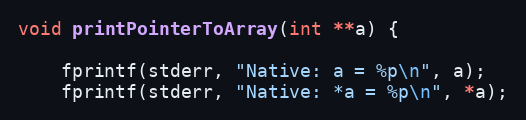
Language: C
void printPointerToArray(int **a) {

    fprintf(stderr, "Native: a = %p\n", a);
    fprintf(stderr, "Native: *a = %p\n", *a);